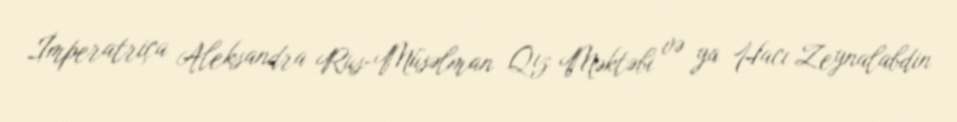
İmperatriça Aleksandra Rus-Müsəlman Qız Məktəbi və ya Hacı Zeynalabdin